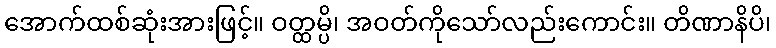
အောက်ထစ်ဆုံးအားဖြင့်။ ဝတ္ထမ္ပိ၊ အဝတ်ကိုသော်လည်းကောင်း။ တိဏာနိပိ၊